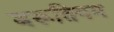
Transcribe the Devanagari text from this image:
बरूतियम